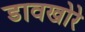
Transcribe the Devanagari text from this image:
डावखोरे